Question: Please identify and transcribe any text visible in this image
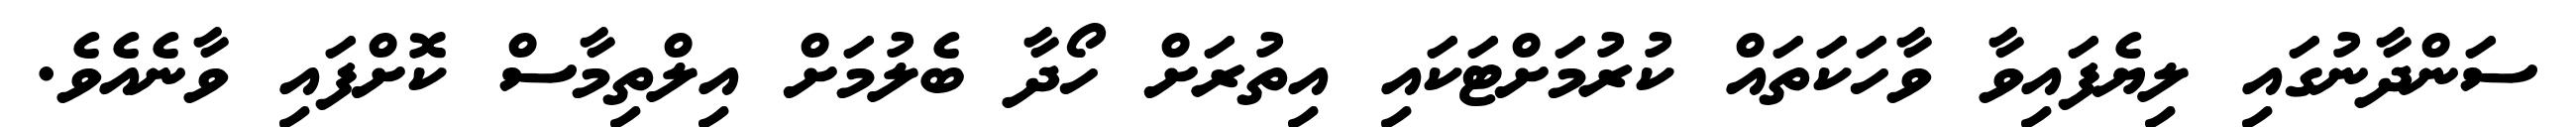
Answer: ސަންދާނުގައި ލިޔެފައިވާ ވާހަކަތައް ކުރުމަށްޓަކައި އިތުރަށް ހޯދާ ބެލުމަށް އިލްތިމާސް ކޮށްފައި ވާނެއެވެ.